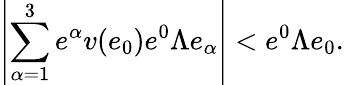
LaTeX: \left|\sum_{\alpha=1}^{3}e^{\alpha}v(e_{0})e^{0}\Lambda e_{\alpha}\right|<e^{0}\Lambda e_{0}.